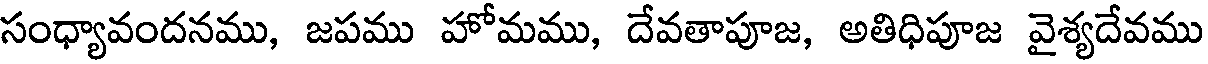
సంధ్యావందనము, జపము హోమము, దేవతాపూజ, అతిధిపూజ వైశ్యదేవము